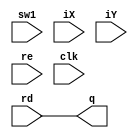
module frame_buffer
(
	input sw1,
	input [10:0] iX, iY,
	//input [ADDR_WIDTH-1:0] ra, wa,
	input re, clk,
	input [DATA_WIDTH-1:0] rd,
	output reg [DATA_WIDTH-1:0] q
);

// Declare the RAM variable
reg [ADDR_WIDTH-1 : 0] ram [0 : RAM_DEPTH-1];	// INTERNAL MEMORY

parameter DATA_WIDTH = 8;
parameter ADDR_WIDTH = 14;
parameter RAM_DEPTH = (1 << ADDR_WIDTH);

parameter WIDTH = 110;
parameter HEIGHT = 145;

reg switch;


always
	begin
	
		// Write
		//if (!re)
	//		ram[iX * HEIGHT + iY] <= rd;
/*
		else if(re && switch == 1)
			if( (iY >= 0 && iY <= 10) && (iX >= 0 && iX <= 10) )
					q <= ram[iX * HEIGHT + iY];
			else
					q <= 8'b10000000; // send green border
					*/
	//	else if(sw1 == 1)
			q <= rd;
	end

endmodule